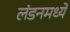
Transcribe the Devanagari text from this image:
लंडनमध्यें